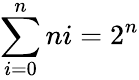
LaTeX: \sum\limits_{i=0}^{n}ni=2^{n}